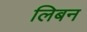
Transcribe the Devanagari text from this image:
लिबन